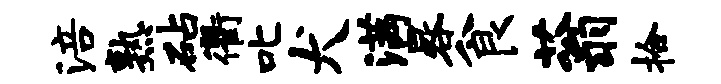
涪熟砧衢叱犬满晷食蓊拾